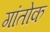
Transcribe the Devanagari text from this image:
गांतोक